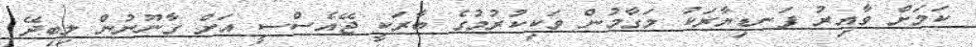
ކަމަށް ވާއިރު ފަނޑިޔާރަކު މަގާމުން ވަކިކުރުމުގެ ބާރަކީ ޖޭއެސްސީ އަށް ގާނޫނުން ލިބިދޭ